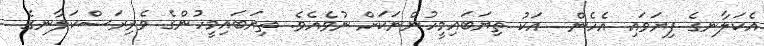
އެކަލާނގެ ފިޔަވައި އެހެން  އަކު ތިޔަބައިމީހުންނަކަށް ނުވެއެވެ. ތިޔަބައިމީހުންގެ ވެރިރަސްކަލާނގެ